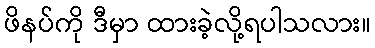
ဖိနပ်ကို ဒီမှာ ထားခဲ့လို့ရပါသလား။